Civil Veterinary Dept. Bombay admin report 1907-1913 - 1907-1913
Year: 1907
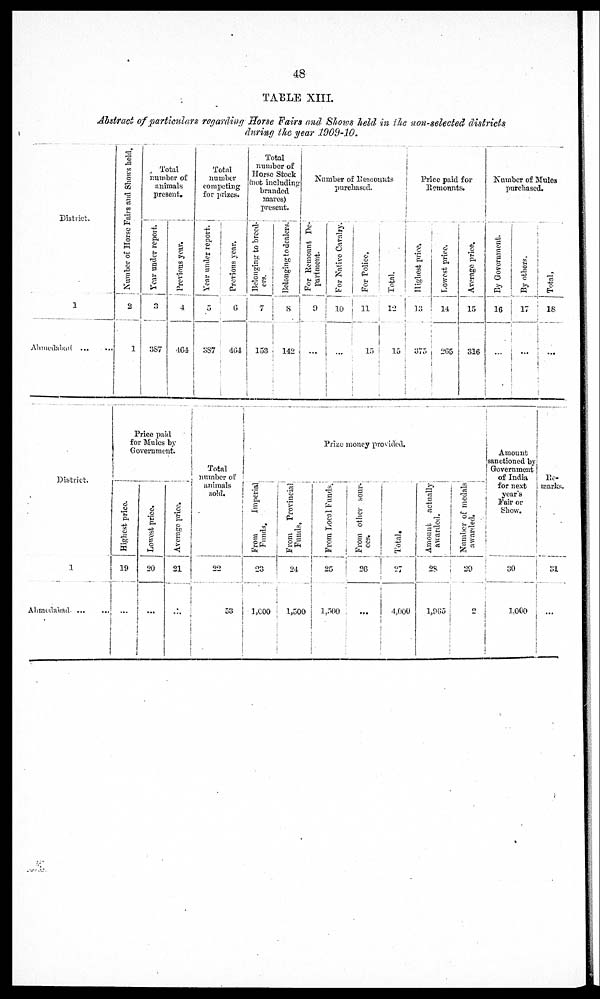
48
TABLE XIII.
Abstract of particulars regarding Horse Fairs and Shows held in the non-selected districts
during the year 1909-10.
District.
1
Ahmedabad
...
...
Number of Horse Fairs and Shows hold.
2
1
Total
number of
animals
present.
Year under report.
3
3S7
Previous year.
4
464
Total
number
competing
for prizes.
Year under report.
5
387
Prorious year.
C
464
Total
number of
Horse Stock
mot including
branded
mares)
present.
Belonging to breed-:
7
153
Belonging to dealers
8
142
Number of Remounts
purchased.
For Remount De
partment
...
For Native Caralry.
For Police,
10
11
15
Total.
12
15
price paid for
Remonnts
Highest price.
13
375
Lowest price.
14
265
Average price.
15
316
Number of Mules
purchased.
By Government.
16
...
By others.
17
...
Total.
18
...
District.
1
Ahmedabad
...
...
Price paid
for Mules by
Government
Highest prlce.
19
...
Lowest price.
20
Average price.
21
Total
number of
animals
sold.
22
53
Prize money provided.
From
Imperial.
Funds,
23
1,000
From
Provincial.
Funds
24
1,500
From Local Funds."
25
1,500
From other sour
CCS.
26
...
Total.
4,000
Amount actually
awarded.
28
1,965
Number of medals
awarded.
29
2
Amount
sanctioned by
Government
of India
for next
year's
Fair or
Show.
30
1,000
Remarks.
31
...